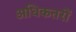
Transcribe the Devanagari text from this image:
अधिकतरों